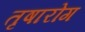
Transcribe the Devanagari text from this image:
तृषारोग